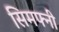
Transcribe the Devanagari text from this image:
सिमफ्नी